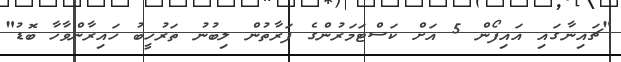
"ޗައިނާގައި އައިފޯން 5 އަށް ކަސްޓަމަރުންގެ ފަރާތުން ލިބުނު ތަރުހީބު ހައިރާންވާހާ ބޮޑު"